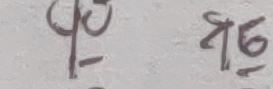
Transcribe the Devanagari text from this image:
५ १५